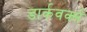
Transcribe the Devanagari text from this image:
डार्कवर्क्स